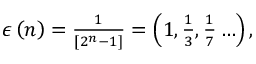
\begin{array} { r } { \epsilon \left( n \right) = \frac { 1 } { \left[ 2 ^ { n } - 1 \right] } = \left( 1 , \frac { 1 } { 3 } , \frac { 1 } { 7 } \ldots \right) , } \end{array}